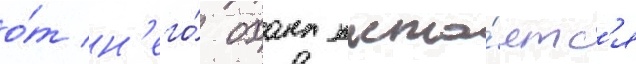
о́т н'его́ охана пыта́етс'я